Leningradi_Edasi_toimetus, lk 10
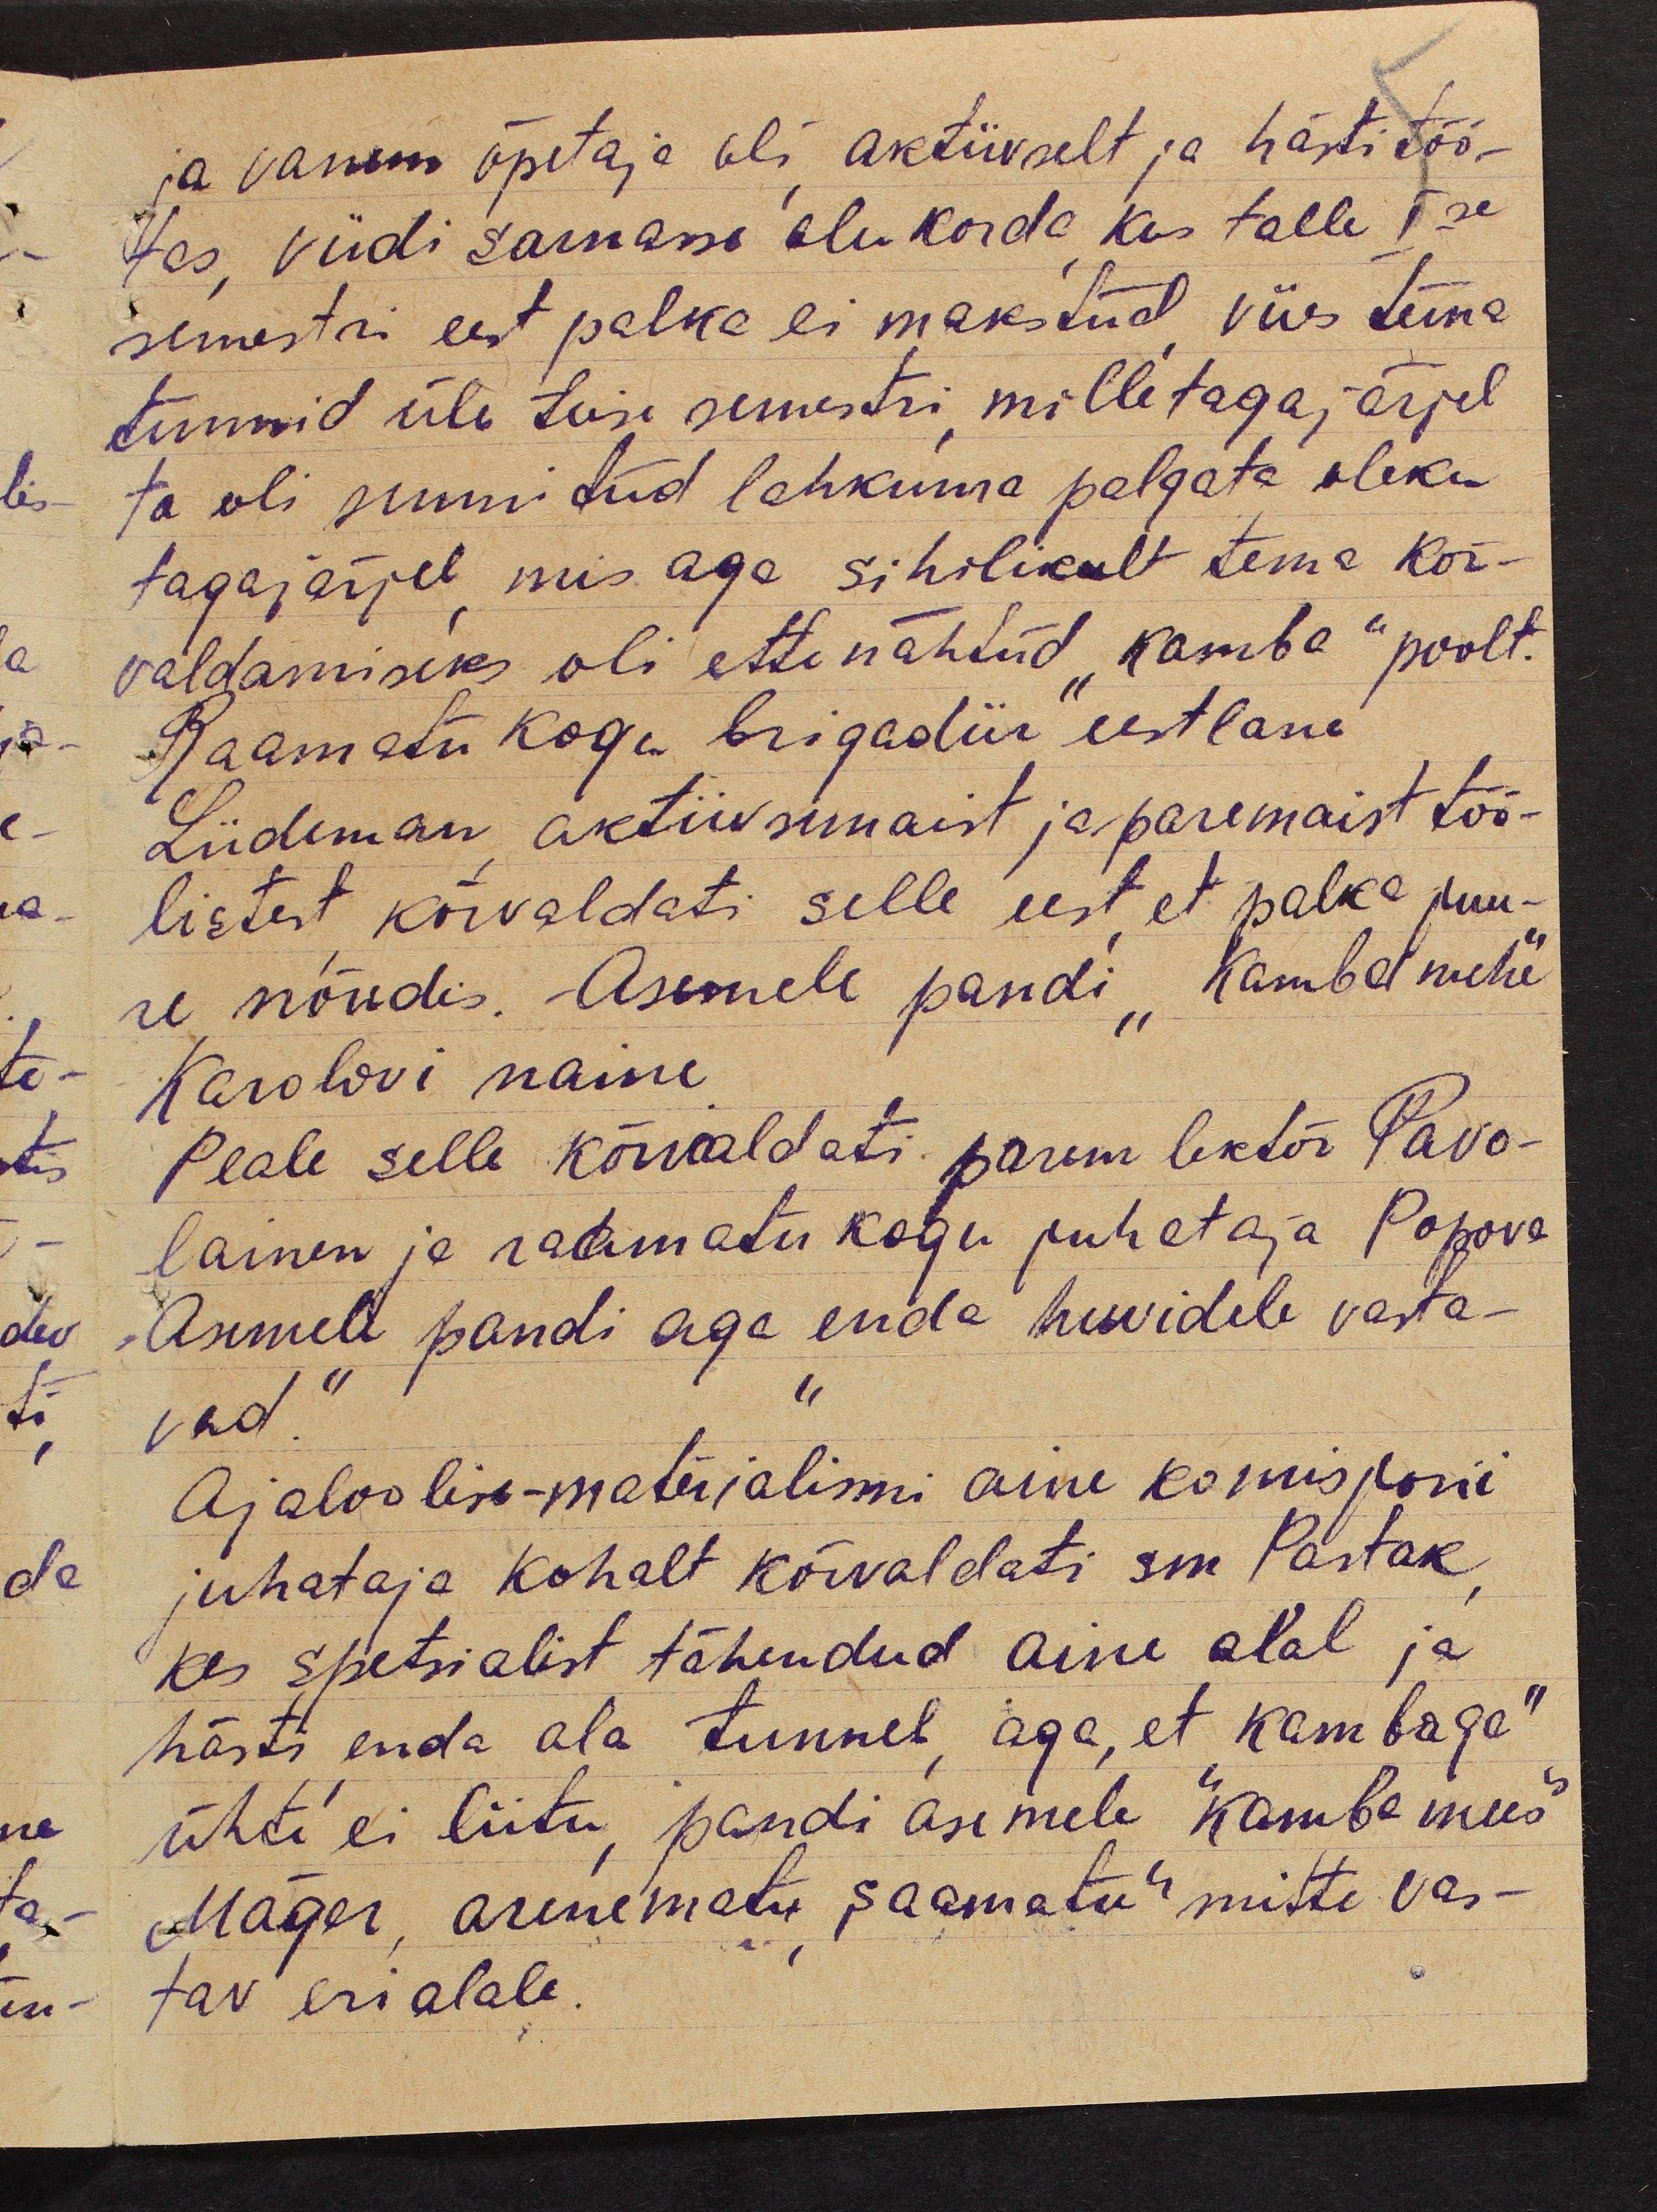
ja vanem õpetaja oli, aktiivselt ja hästi töö-
tas, viidi sarnasse olukorda, kus talle Ise
semestri eest palka ei makstud, viies tema
tunnid üle teise semestri, mille tagajärjel
ta oli sunnitud lahkuma palgata oleku
tagajärjel, mis aga sihilikult tema kõr-
valdamiseks oli ettenähtud "kamba" poolt.
Raamatukogu brigadiir eestlane
Liideman, aktiivsemaist ja paremaist töö-
listest, kõrvaldati selle eest, et palka juu-
re nõudis. Asemele pandi "kamba mehe"
Karolovi naine.
Peale selle kõrvaldati parem lektor Pavo-
lainen ja raamatukogu juhataja Popova.
Asemele pandi aga "enda huvidele vasta-
vad."
Ajaloolise-materjalismi aine komisjoni
juhataja kohalt kõrvaldati sm Pastak,
kes spetsialist tähendud aine alal ja
hästi enda ala tunneb, aga, et "kambaga"
ühti ei liitu, pandi asemele "kamba mees"
Mäger, arenematu, saamatu mitte vas-
tav erialale.